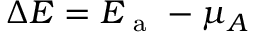
\Delta E = E _ { \mathrm { ~ a ~ } } - \mu _ { A }